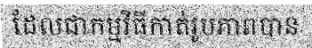
ដែលជាកម្មវិធីកាត់រូបភាពបាន